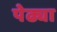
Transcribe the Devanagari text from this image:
पेढ्या